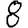
Digit: 8